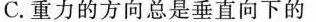
C.重力的方向总是垂直向下的